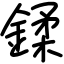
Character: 鍒